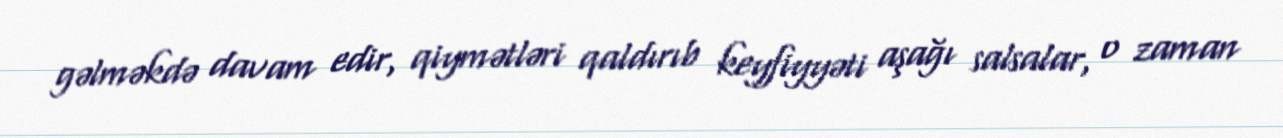
gəlməkdə davam edir, qiymətləri qaldırıb keyfiyyəti aşağı salsalar, o zaman